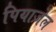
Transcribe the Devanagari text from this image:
पियाज़ेल